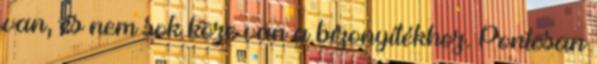
van, és nem sok köze van a bízonyítékhoz. Pontosan